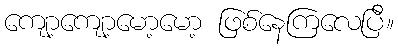
ကျော့ကျော့မော့မော့ ဖြစ်နေကြလေပြီ။